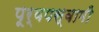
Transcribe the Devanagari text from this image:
पूर्वपस्वामी